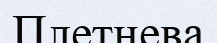
Плетнева